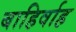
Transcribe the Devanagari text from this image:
बाहिर्वाह